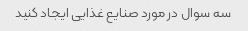
سه سوال در مورد صنایع غذایی ایجاد کنید